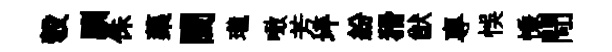
彀馴侏藥閫瓏噉芳坪紛猾猷專悞慊閜